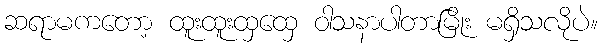
ဆရာမကတော့ ထူးထူးထှထှေ ဝါသနာပါတာမြိုး မရှိသလိုပဲ။